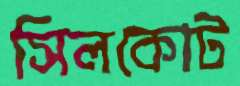
সিলকোট